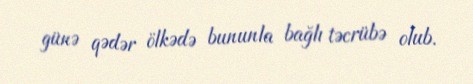
günə qədər ölkədə bununla bağlı təcrübə olub.